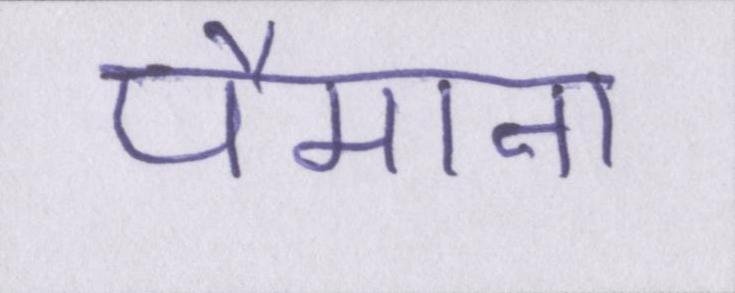
पैमाना